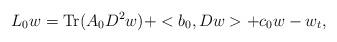
LaTeX: \begin{align*}L_0 w= \operatorname{Tr}( A_0 D^2 w) + <b_0,D w> + c_0 w - w_t,\end{align*}